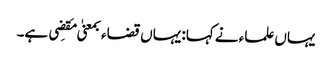
یہاں علماء نے کہا: یہاں قضاء بمعنیٰ مَقضِی ہے۔